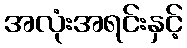
အလုံးအရင်းနှင့်